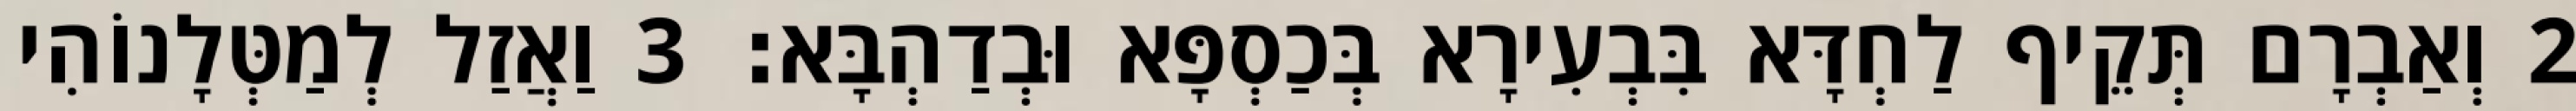
2 וְאַבְרָם תְּקֵיף לַחְדָּא בִּבְעִירָא בְּכַסְפָּא וּבְדַהְבָּא׃ 3 וַאֲזַל לְמַטְּלָנוֹהִי